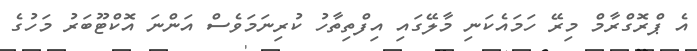
އެ ޕްރޮގްރާމް މިރޭ ހަމައެކަނި މާލޭގައި އިފްތިތާހު ކުރިނަމަވެސް އަންނަ އޮކްޓޫބަރު މަހުގެ